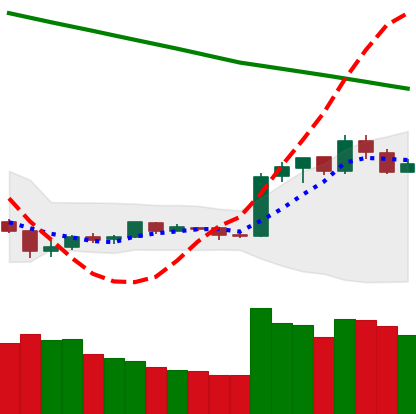
Ticker: EOS-USD
Chart end date: 2019-02-15
Forward return: 39.966%
Label: up_7plus